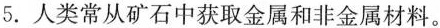
5.人类常从矿石中获取金属和非金属材料。(